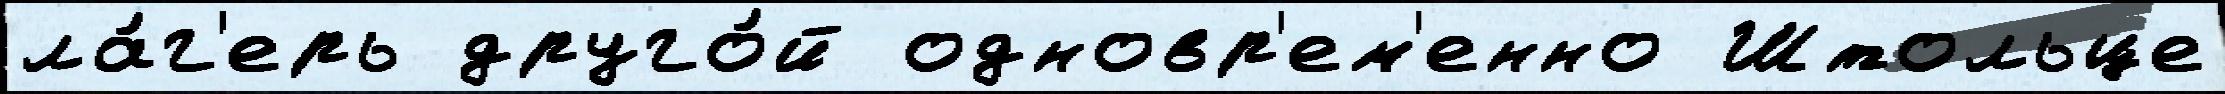
ла́г'ерь друго́й одновр'ем'енно Штольце